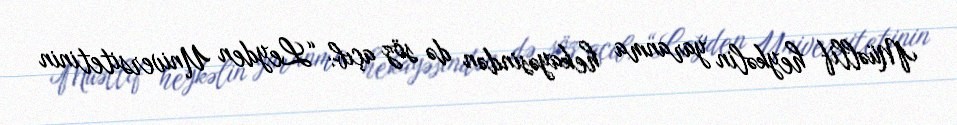
Müəllif heykəlin yaranma hekayəsindən də söz açıb: “Leyden Universitetinin